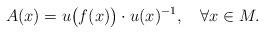
LaTeX: \begin{align*} A(x)=u\big(f(x)\big)\cdot u(x)^{-1},\quad\forall x\in M. \end{align*}